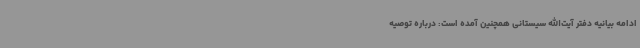
ادامه بیانیه دفتر آیت‌الله سیستانی همچنین آمده است: درباره توصیه